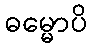
ဓမ္မောပိ